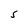
Character: S